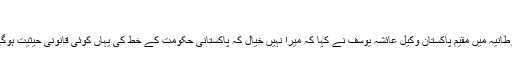
‘
برطانیہ میں مقیم پاکستان وکیل عائشہ یوسف نے کہا کہ میرا نہیں خیال کہ پاکستانی حکومت کے خط کی یہاں کوئی قانونی حیثیت ہوگی۔